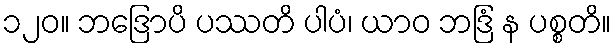
၁၂၀။ ဘဒြောပိ ပဿတိ ပါပံ၊ ယာဝ ဘဒြံ န ပစ္စတိ။